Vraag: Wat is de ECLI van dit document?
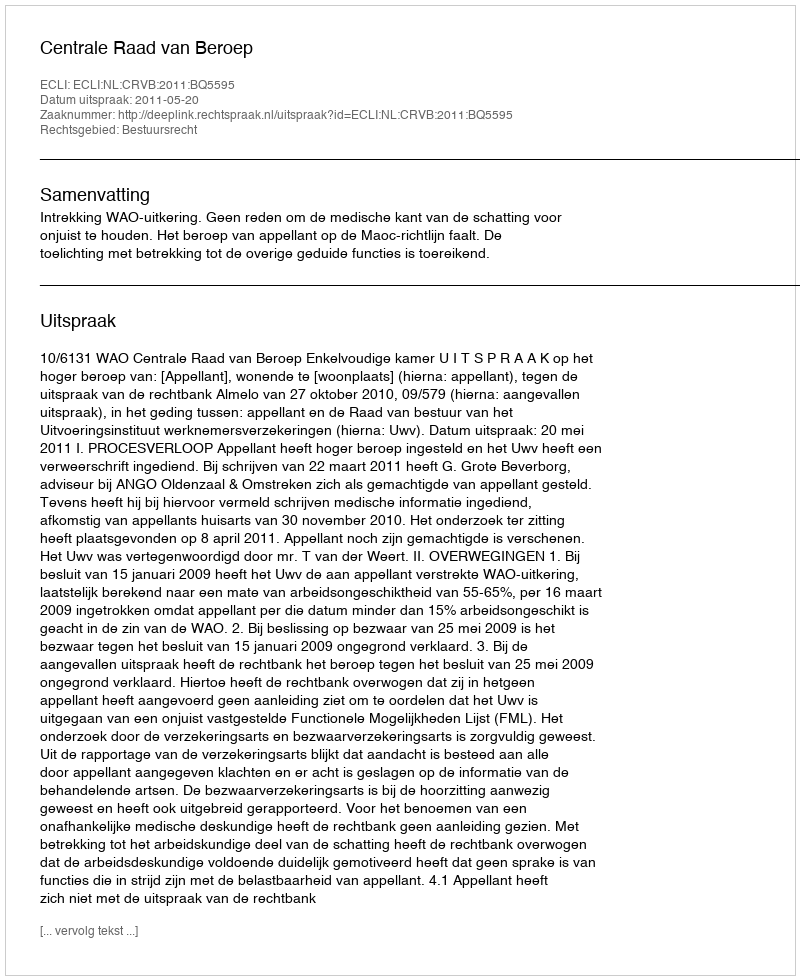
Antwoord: ECLI:NL:CRVB:2011:BQ5595